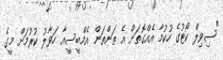
"ސިވިލް ކޯޓުގެ ހުކުމާ އެއްގޮތަށް އެ ތަންތަން އެމްބީސީއާ ހަވާލު ކުރުމަށް މީގެ